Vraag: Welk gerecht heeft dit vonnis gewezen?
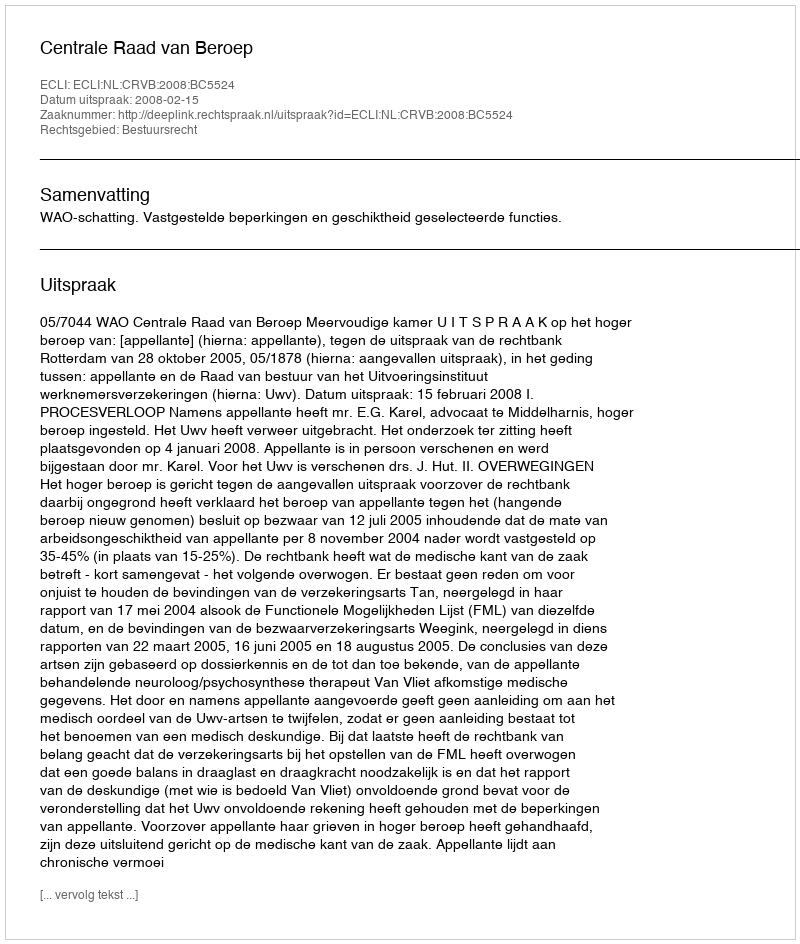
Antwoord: Centrale Raad van Beroep